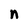
Character: n